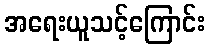
အရေးယူသင့်ကြောင်း